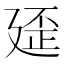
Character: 𱝓